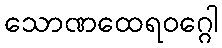
သောဏထေရဝဂ္ဂေါ